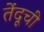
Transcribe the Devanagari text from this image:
तेंदूची